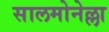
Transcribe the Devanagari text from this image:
सालमोनेल्ला